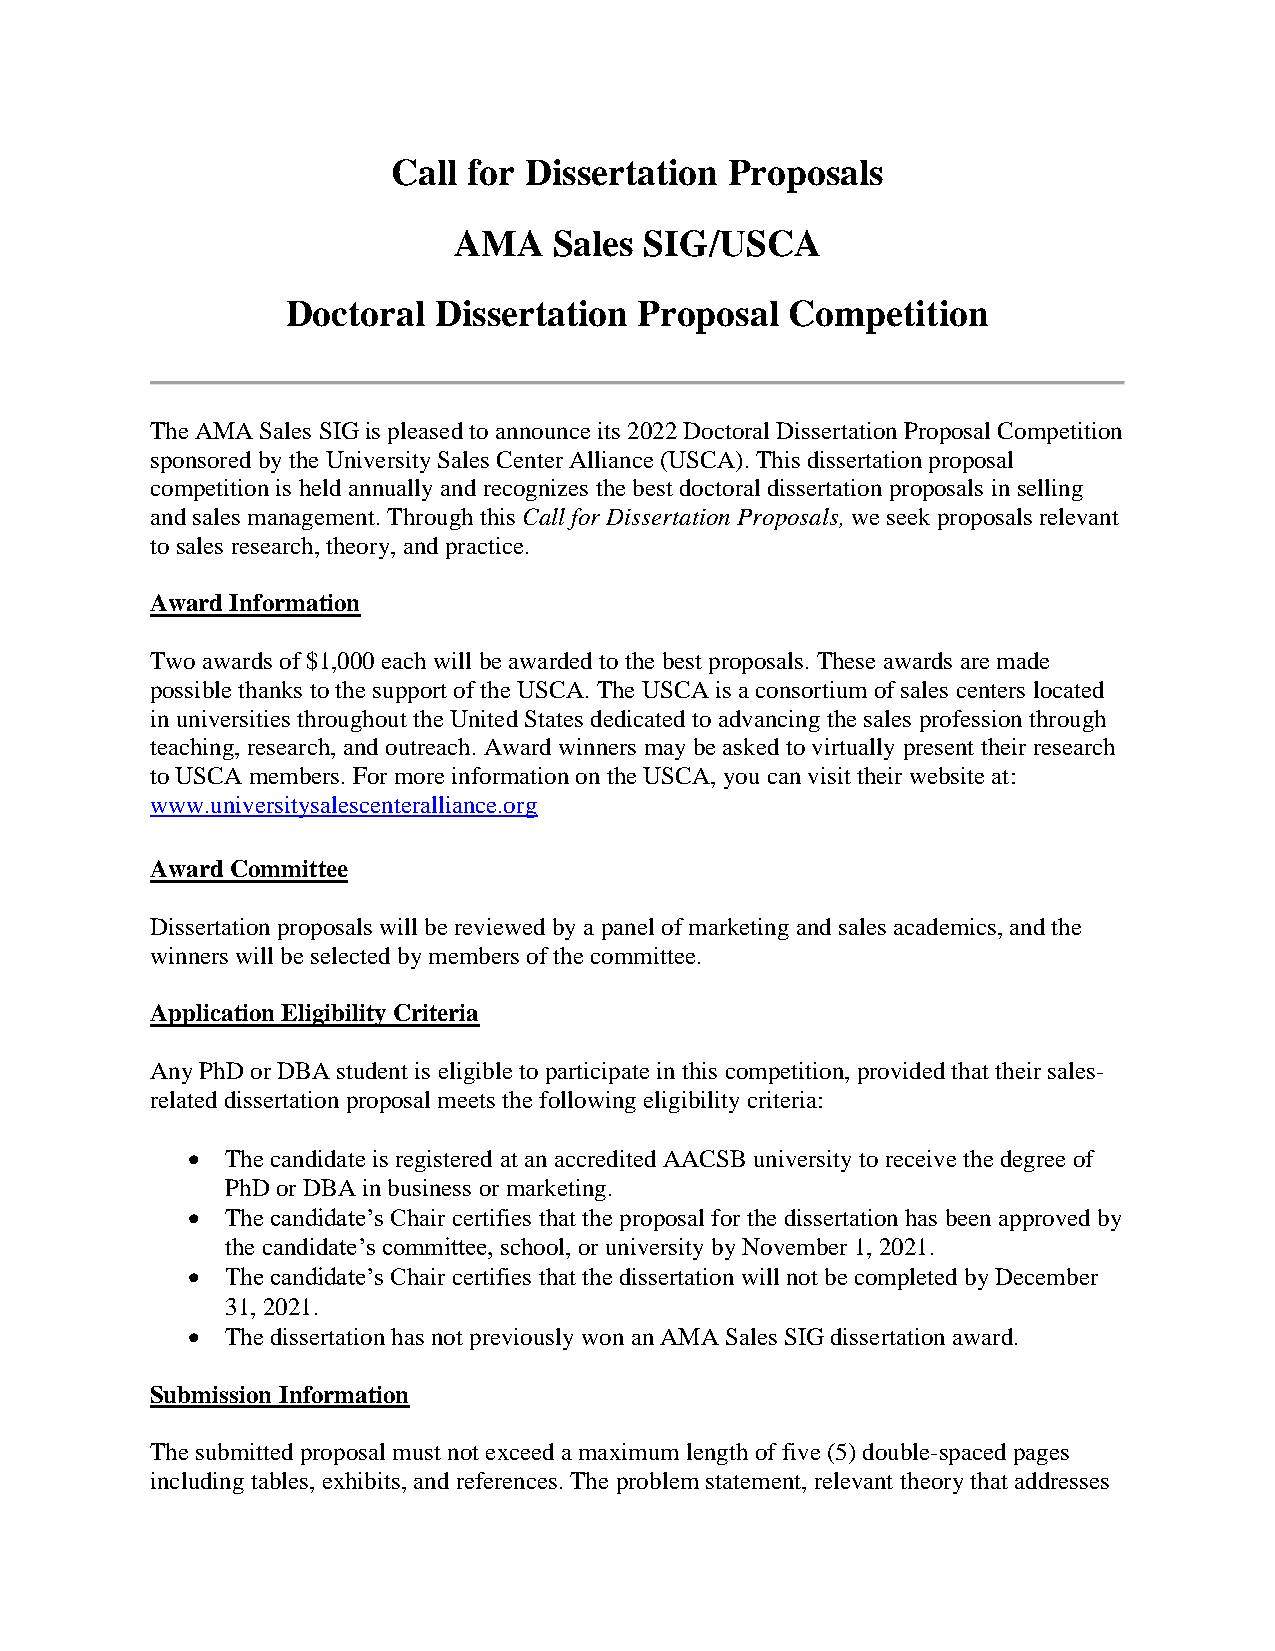
Call for Dissertation Proposals
 AMA    Sales SIG/USCA
 Doctoral  Dissertation Proposal  Competition
 The AMA Sales SIG is pleased to announce its 2022 Doctoral Dissertation Proposal Competition
 sponsored by the University Sales Center Alliance (USCA). This dissertation proposal
 competition is held annually and recognizes the best doctoral dissertation proposals in selling
 and sales management. Through this Call for Dissertation Proposals, we seek proposals relevant
 to sales research, theory, and practice.
 Award Information
 Two awards of $1,000 each will be awarded to the best proposals. These awards are made
 possible thanks to the support of the USCA. The USCA is a consortium of sales centers located
 in universities throughout the United States dedicated to advancing the sales profession through
 teaching, research, and outreach. Award winners may be asked to virtually present their research
 to USCA members. For more information on the USCA, you can visit their website at:
 www.universitysalescenteralliance.org
 Award Committee
 Dissertation proposals will be reviewed by a panel of marketing and sales academics, and the
 winners will be selected by members of the committee.
 Application Eligibility Criteria
 Any PhD or DBA student is eligible to participate in this competition, provided that their sales-
 related dissertation proposal meets the following eligibility criteria:
 •  The candidate is registered at an accredited AACSB university to receive the degree of
 PhD or DBA in business or marketing.
 •  The candidate’s Chair certifies that the proposal for the dissertation has been approved by
 the candidate’s committee, school, or university by November 1, 2021.
 •  The candidate’s Chair certifies that the dissertation will not be completed by December
 31, 2021.
 •  The dissertation has not previously won an AMA Sales SIG dissertation award.
 Submission Information
 The submitted proposal must not exceed a maximum length of five (5) double-spaced pages
 including tables, exhibits, and references. The problem statement, relevant theory that addresses